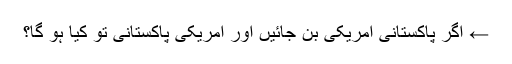
← اگر پاکستانی امریکی بن جائیں اور امریکی پاکستانی تو کیا ہو گا؟